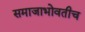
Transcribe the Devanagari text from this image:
समाजाभोवतीच